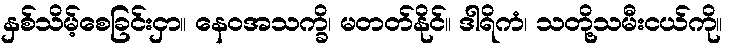
နှစ်သိမ့်စေခြင်းငှာ။ နေဝအသက္ခိ၊ မတတ်နိုင်။ ဒါရိကံ၊ သတို့သမီးငယ်ကို။